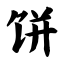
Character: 饼